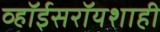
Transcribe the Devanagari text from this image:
व्हॉईसरॉयशाही